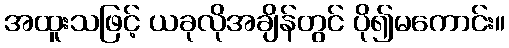
အထူးသဖြင့် ယခုလိုအချိန်တွင် ပို၍မကောင်း။